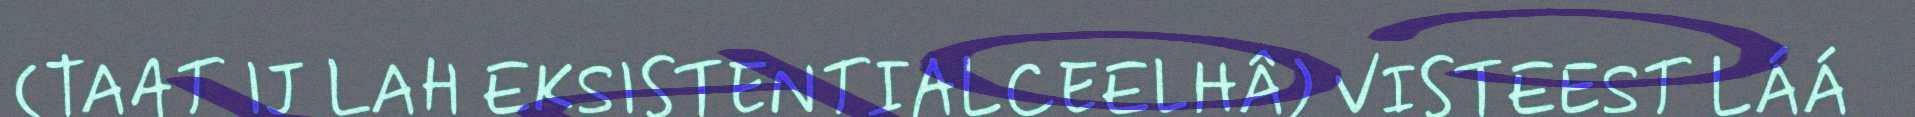
(TAAT IJ LAH EKSISTENTIALCEELHÂ) VISTEEST LÁÁ